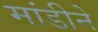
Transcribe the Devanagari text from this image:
मांडीने